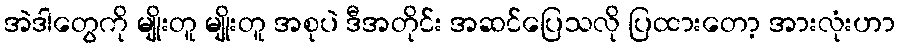
အဲဒါတွေကို မျိုးတူ မျိုးတူ အစုပဲ ဒီအတိုင်း အဆင်ပြေသလို ပြထားတော့ အားလုံးဟာ